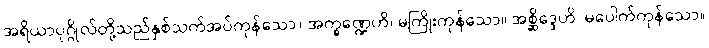
အရိယာပုဂ္ဂိုလ်တို့သည်နှစ်သက်အပ်ကုန်သော။ အက္ခဏ္ဍေဟိ၊ မကြိုးကုန်သော။ အစ္ဆိဒ္ဒေဟိ၊ မပေါက်ကုန်သော။